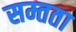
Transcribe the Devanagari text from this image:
सम्तता